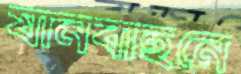
যানবাহনে